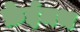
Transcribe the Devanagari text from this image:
फ्रेईमथ